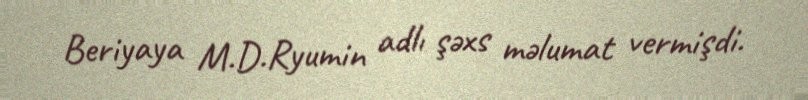
Beriyaya M.D.Ryumin adlı şəxs məlumat vermişdi.